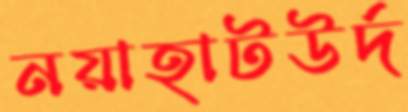
নয়াহাটউর্দ